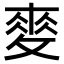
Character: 𢾶